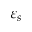
\varepsilon _ { s }